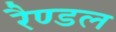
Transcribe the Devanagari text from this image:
रैण्डल